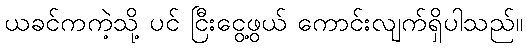
ယခင်ကကဲ့သို့ ပင် ငြီးငွေ့ဖွယ် ကောင်းလျက်ရှိပါသည်။